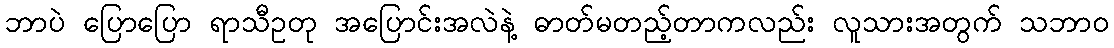
ဘာပဲ ပြောပြော ရာသီဥတု အပြောင်းအလဲနဲ့ ဓာတ်မတည့်တာကလည်း လူသားအတွက် သဘာဝ